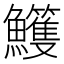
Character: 𩽕